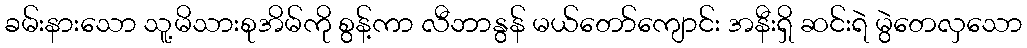
ခမ်းနားသော သူ့မိသားစုအိမ်ကို စွန့်ကာ လီဘာနွန် မယ်တော်ကျောင်း အနီးရှိ ဆင်းရဲ မွဲတေလှသော